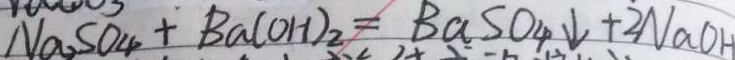
N a _ { 2 } S O _ { 4 } + B a ( O H ) _ { 2 } = B a S O _ { 4 } \downarrow + 2 N a O H